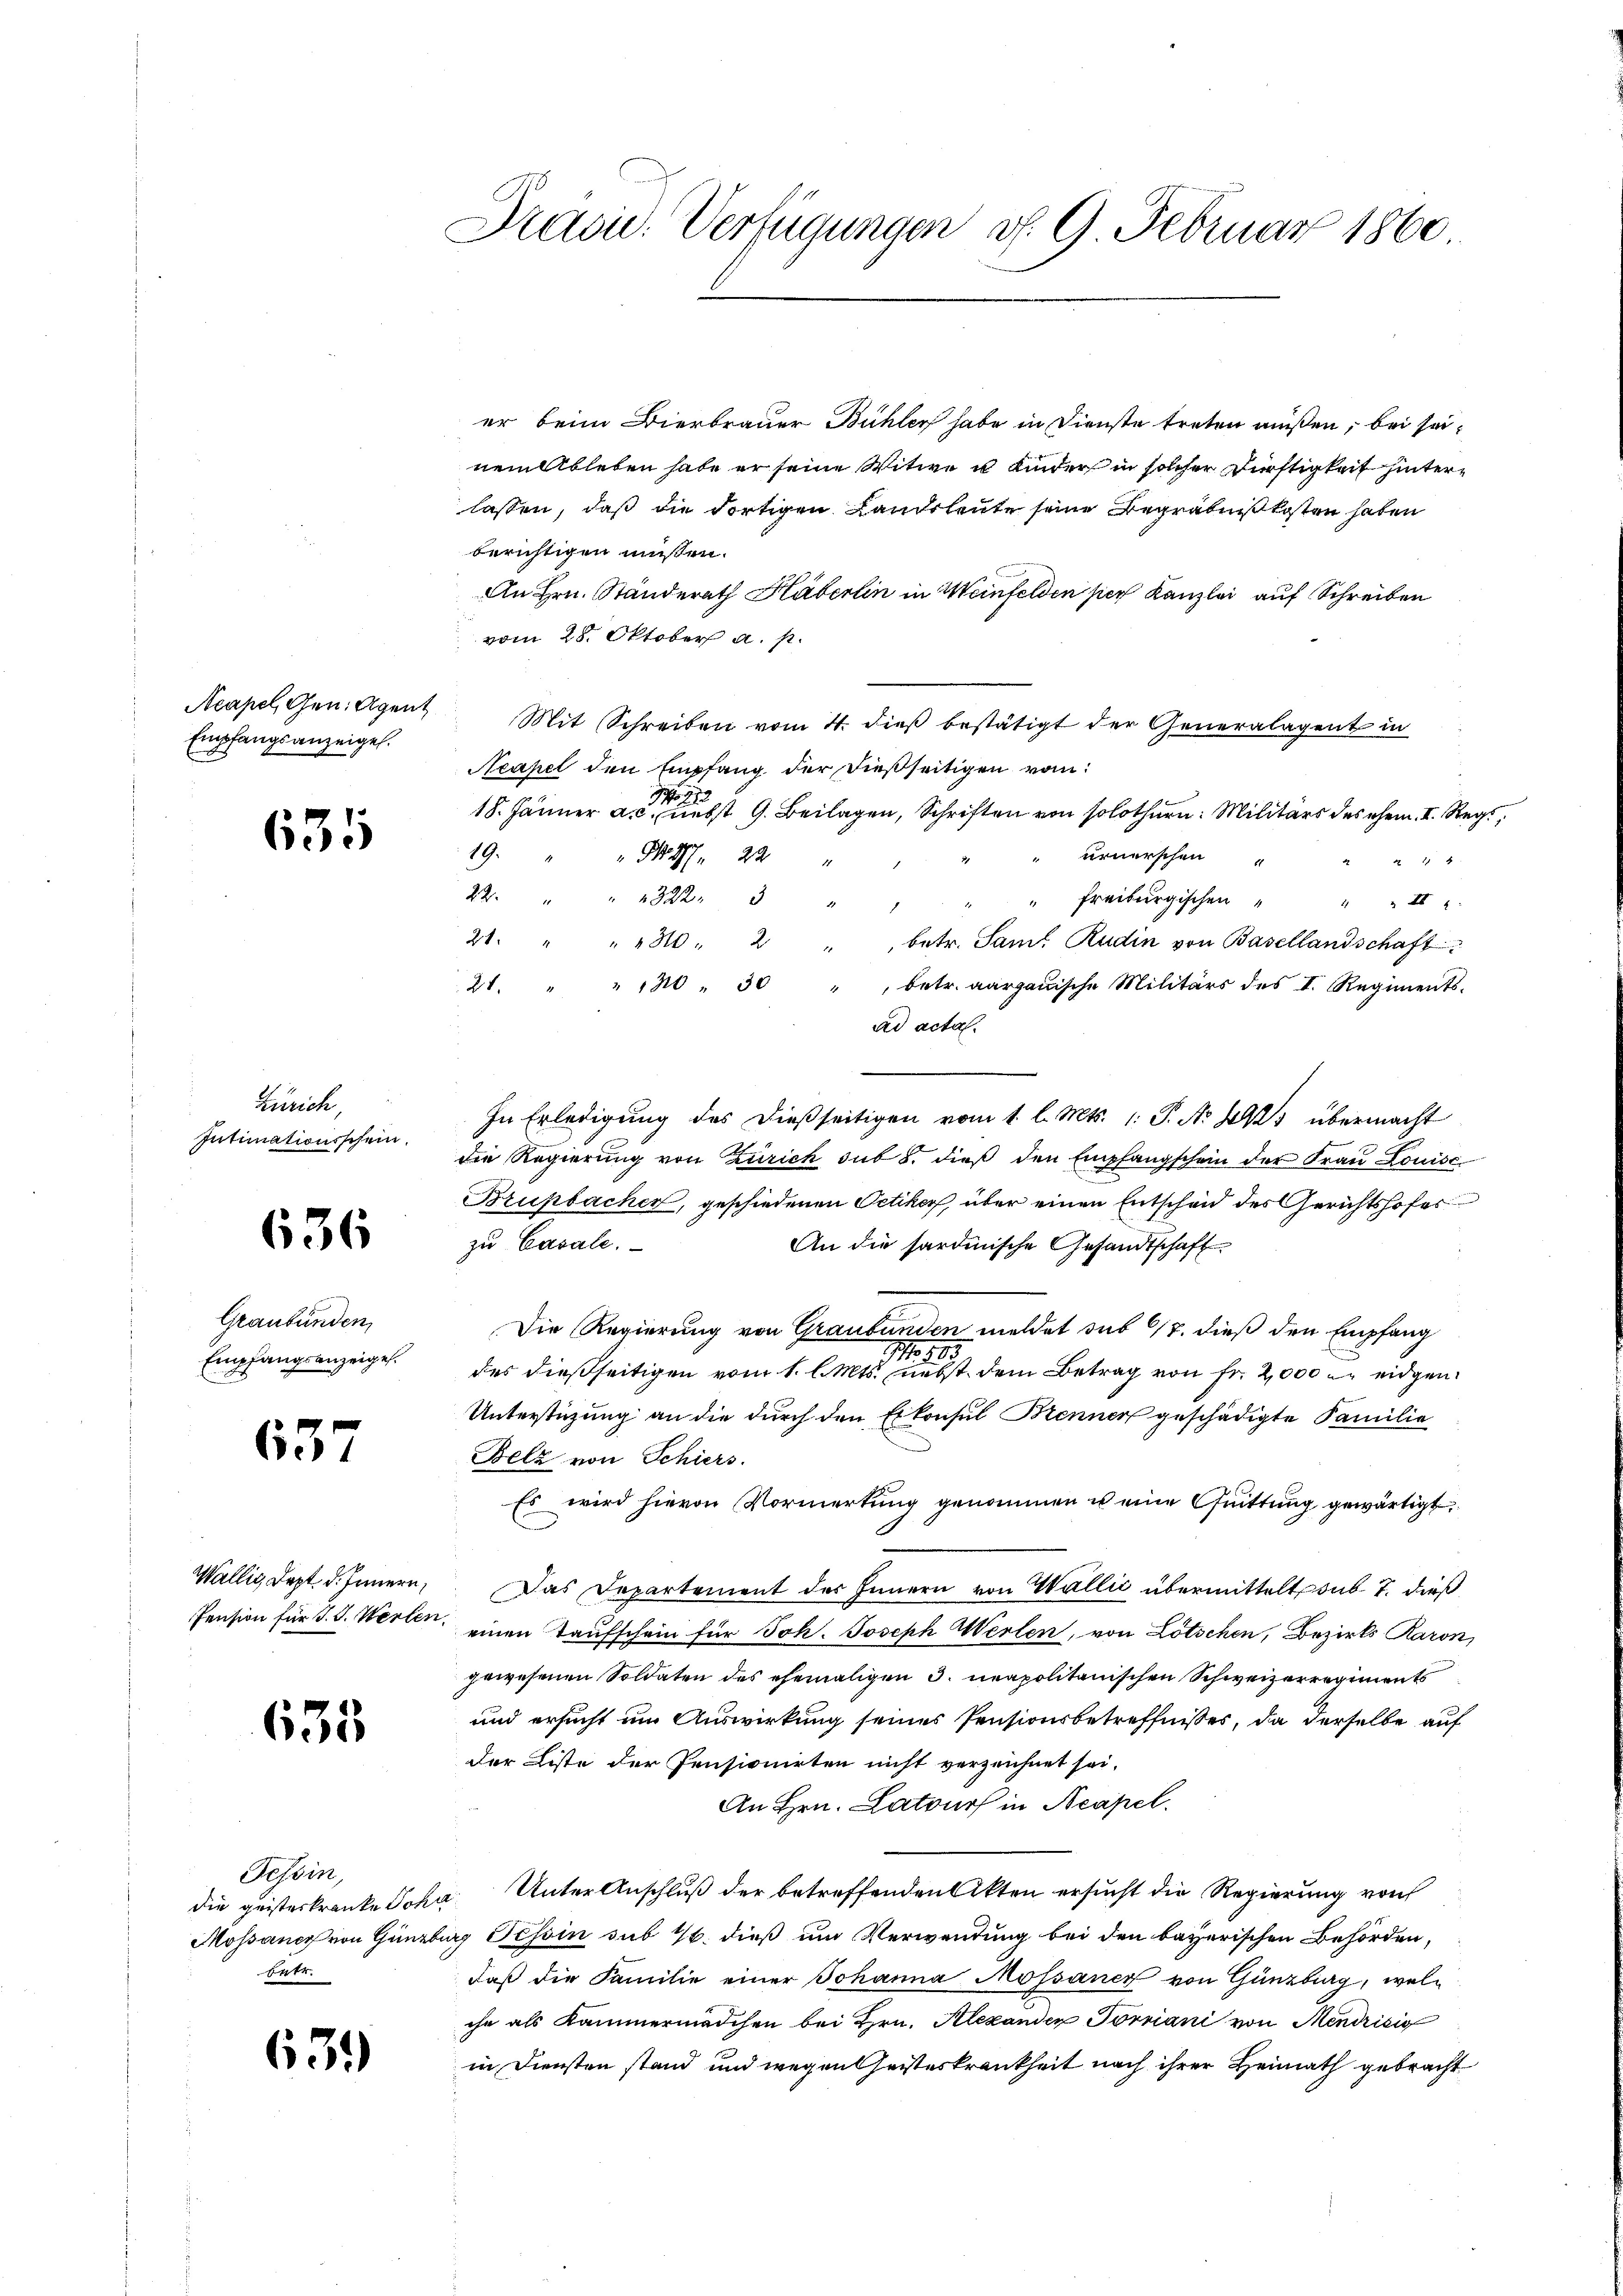
Empfangsanzeigel.

635

Zürich,
Intimationsschein.

636

Graubünden,
Empfangsanzeigel.

637

Wallis, Dept. d. Innern,

635

Tessin,
die geisteskranke Sch
Mossance von Günz
betr.

631

Präsid. Verfügungen d. 9. Februar 1860

er beim Bierbrauer Bühler habe in Dienste treten müßen, bei seinem Ableben habe er seine Witwe u Kinder in solcher Dürftigkeit hinterlassen, daß die dortigen Landsleute seine Begräbnißkosten haben
berichtigen müßen.
An Hrn. Standerath Häberlin in Weinfelden hier Kanzlei auf Schreiben
vom 28. Oktober a. p.
Acapel, Gen. Agent Mit Schreiben vom 4. dieβ bestätigt der Generalagent in
Neapel den Empfang der dießseitigen vom
1
18. Jänner ac. nebst 9. Beilagen, Schriften von solothurn. Militärs des ehem. I. Reg
19.
urnerschen
 N. 277. 22 "
 11 4
22. " " 1322. 3 "
" Freiburgischen " " " II 2
1
2. " " 1310 " 2 " betr. Saml Rudin von Basellandschaft
28 " " 210 30 betr. aargauische Militärs des I. Regiments-
ad acta.
In Erledigung des dießseitigen vom 1. l. Mts. 1: P. No 1425 übermacht
die Regierŭng von Zürich sub 8. dieβ den Empfangschein der Fraŭ Louisc
Brupbacher, geschiedenen Oetiker, über einen Entscheid des Gerichtshofer
zu Cavale.
An die sardinische Gesandtschaft
Die Regierung von Graubünden meldet sub 617. dieß den Empfang
113
des dießseitigen vom 1. l. Mts. nebst dem Betrag von Fr. 2000 u. eidgen.
Unterstüzung an die durch den Erkonsul Brenner geschädigte Familie
Belz von Schiers.
Es wird hievon Vormerkung genommen u eine Quittung gewärtigt
Das Departement des Innern von Wallić übermittelt sub. 7. dieß
Pension für J. J. Werten, einen Taufschein für Joh. Joseph Werten, von Lötschen, Bezirks Raron
gewesenen Soldaten des ehemaligen 3. neapolitanischen Schweizerregiments
und ersucht im Auswirkung seines Pensionsbetreffnisses, da derselbe auf
Der Liste der Pensionirten nicht verzeichnet sei.
An Hrn. Latwurf in Neapel.
a. Unter Anschluß der betreffenden Akten ersucht die Regierung von
burg Tessin sub 1. dieß um Verwendung bei den bayerischen Behörden,
daß die Familie einer Johanna Mossance von Günzbig, welche als Kammermädchen bei Hrn. Alexanden Torviani von Mendrisis
in Diensten stand und wegen Geisteskrankheit nach ihrer Heimath gebracht